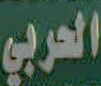
الحربي